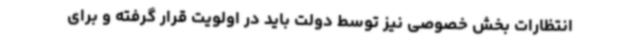
انتظارات بخش خصوصی نیز توسط دولت باید در اولویت قرار گرفته و برای